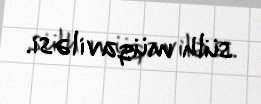
sülh müqaviləsi.